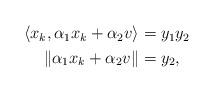
LaTeX: \begin{align*} \begin{aligned} \langle x_k, \alpha_1 x_k + \alpha_2 v \rangle &= y_1 y_2 \\ \|\alpha_1 x_k + \alpha_2 v\| &= y_2, \end{aligned} \end{align*}